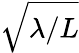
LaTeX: \sqrt{\lambda/L}